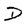
Character: D